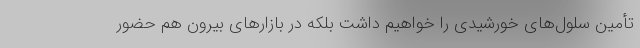
تأمین سلول‌های خورشیدی را خواهیم داشت بلکه در بازارهای بیرون هم حضور